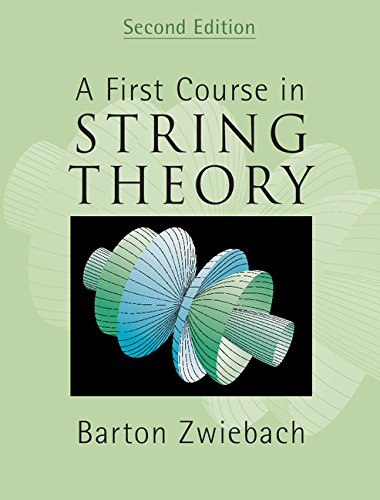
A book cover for A First Course in String Theory, 2nd Edition; Barton Zwiebach; Science & Math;